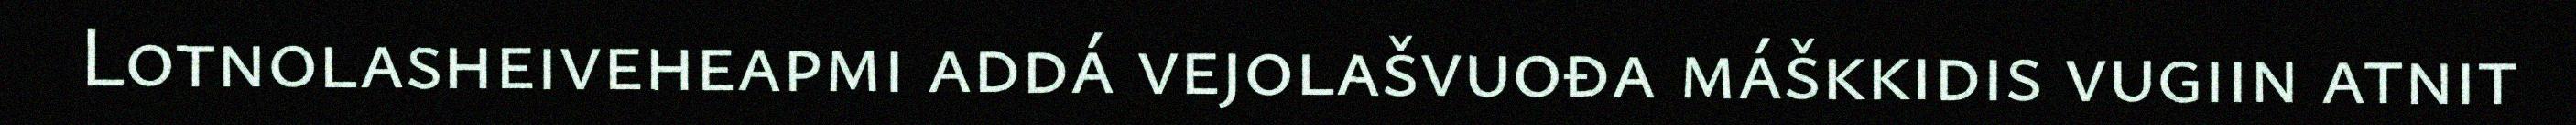
Lotnolasheiveheapmi addá vejolašvuođa máškkidis vugiin atnit